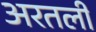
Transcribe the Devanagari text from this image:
अरतली